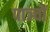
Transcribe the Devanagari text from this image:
पाञ्चों